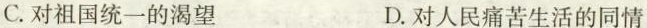
C.对祖国统一的渴望 D.对人民痛苦生活的同情